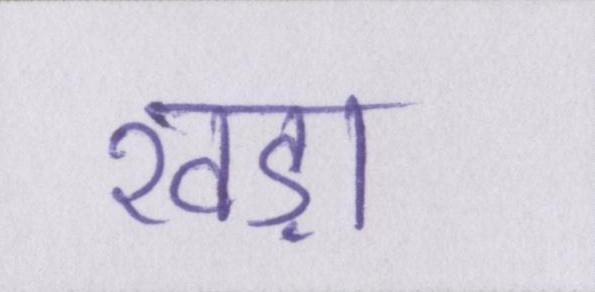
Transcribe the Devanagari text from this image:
खड़ा